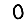
Digit: 0